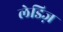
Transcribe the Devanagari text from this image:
लेडिज़